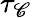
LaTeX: \tau_{\mathscr{C}}